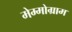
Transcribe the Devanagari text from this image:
मेम्मोग्राम